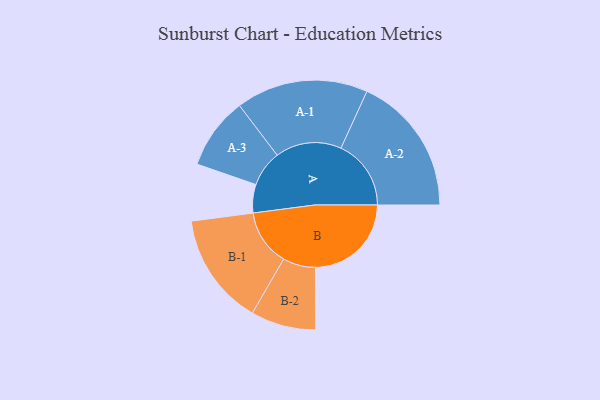
{"axis": {"x": "Segment", "y": "Value"}, "legend": ["", "A", "B"], "data": [{"x": "A", "y": 100, "type": ""}, {"x": "B", "y": 338, "type": ""}, {"x": "A-1", "y": 233, "type": "A"}, {"x": "A-2", "y": 247, "type": "A"}, {"x": "A-3", "y": 127, "type": "A"}, {"x": "B-1", "y": 198, "type": "B"}, {"x": "B-2", "y": 115, "type": "B"}]}